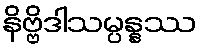
နိဗ္ဗိဒါသမ္ပန္နဿ